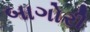
બાગોરી